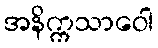
အနိက္ကသာဝေါ